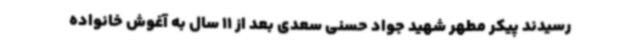
رسیدند پیکر مطهر شهید جواد حسنی سعدی بعد از 11 سال به آغوش خانواده